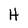
Character: H